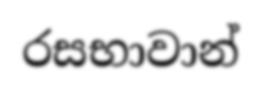
රසභාවාන්